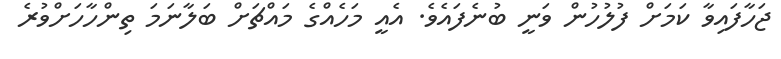
ޖަހާފައިވާ ކަމަށް ފުލުހުުން ވަނީ ބުނެފައެވެ. އެއީ މަހެއްގެ މައްޗަށް ބަލާނަމަ ތިންހާހަށްވުރެ